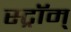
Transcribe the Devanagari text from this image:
स्ट्रॉम्‌